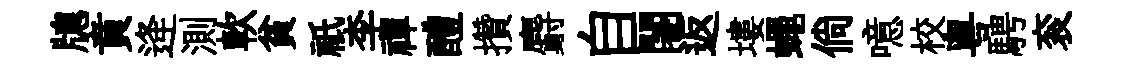
牕賁逄測軟貧祇李禪醴攢麝自闍返塿蠅倘噫校粵騁衮